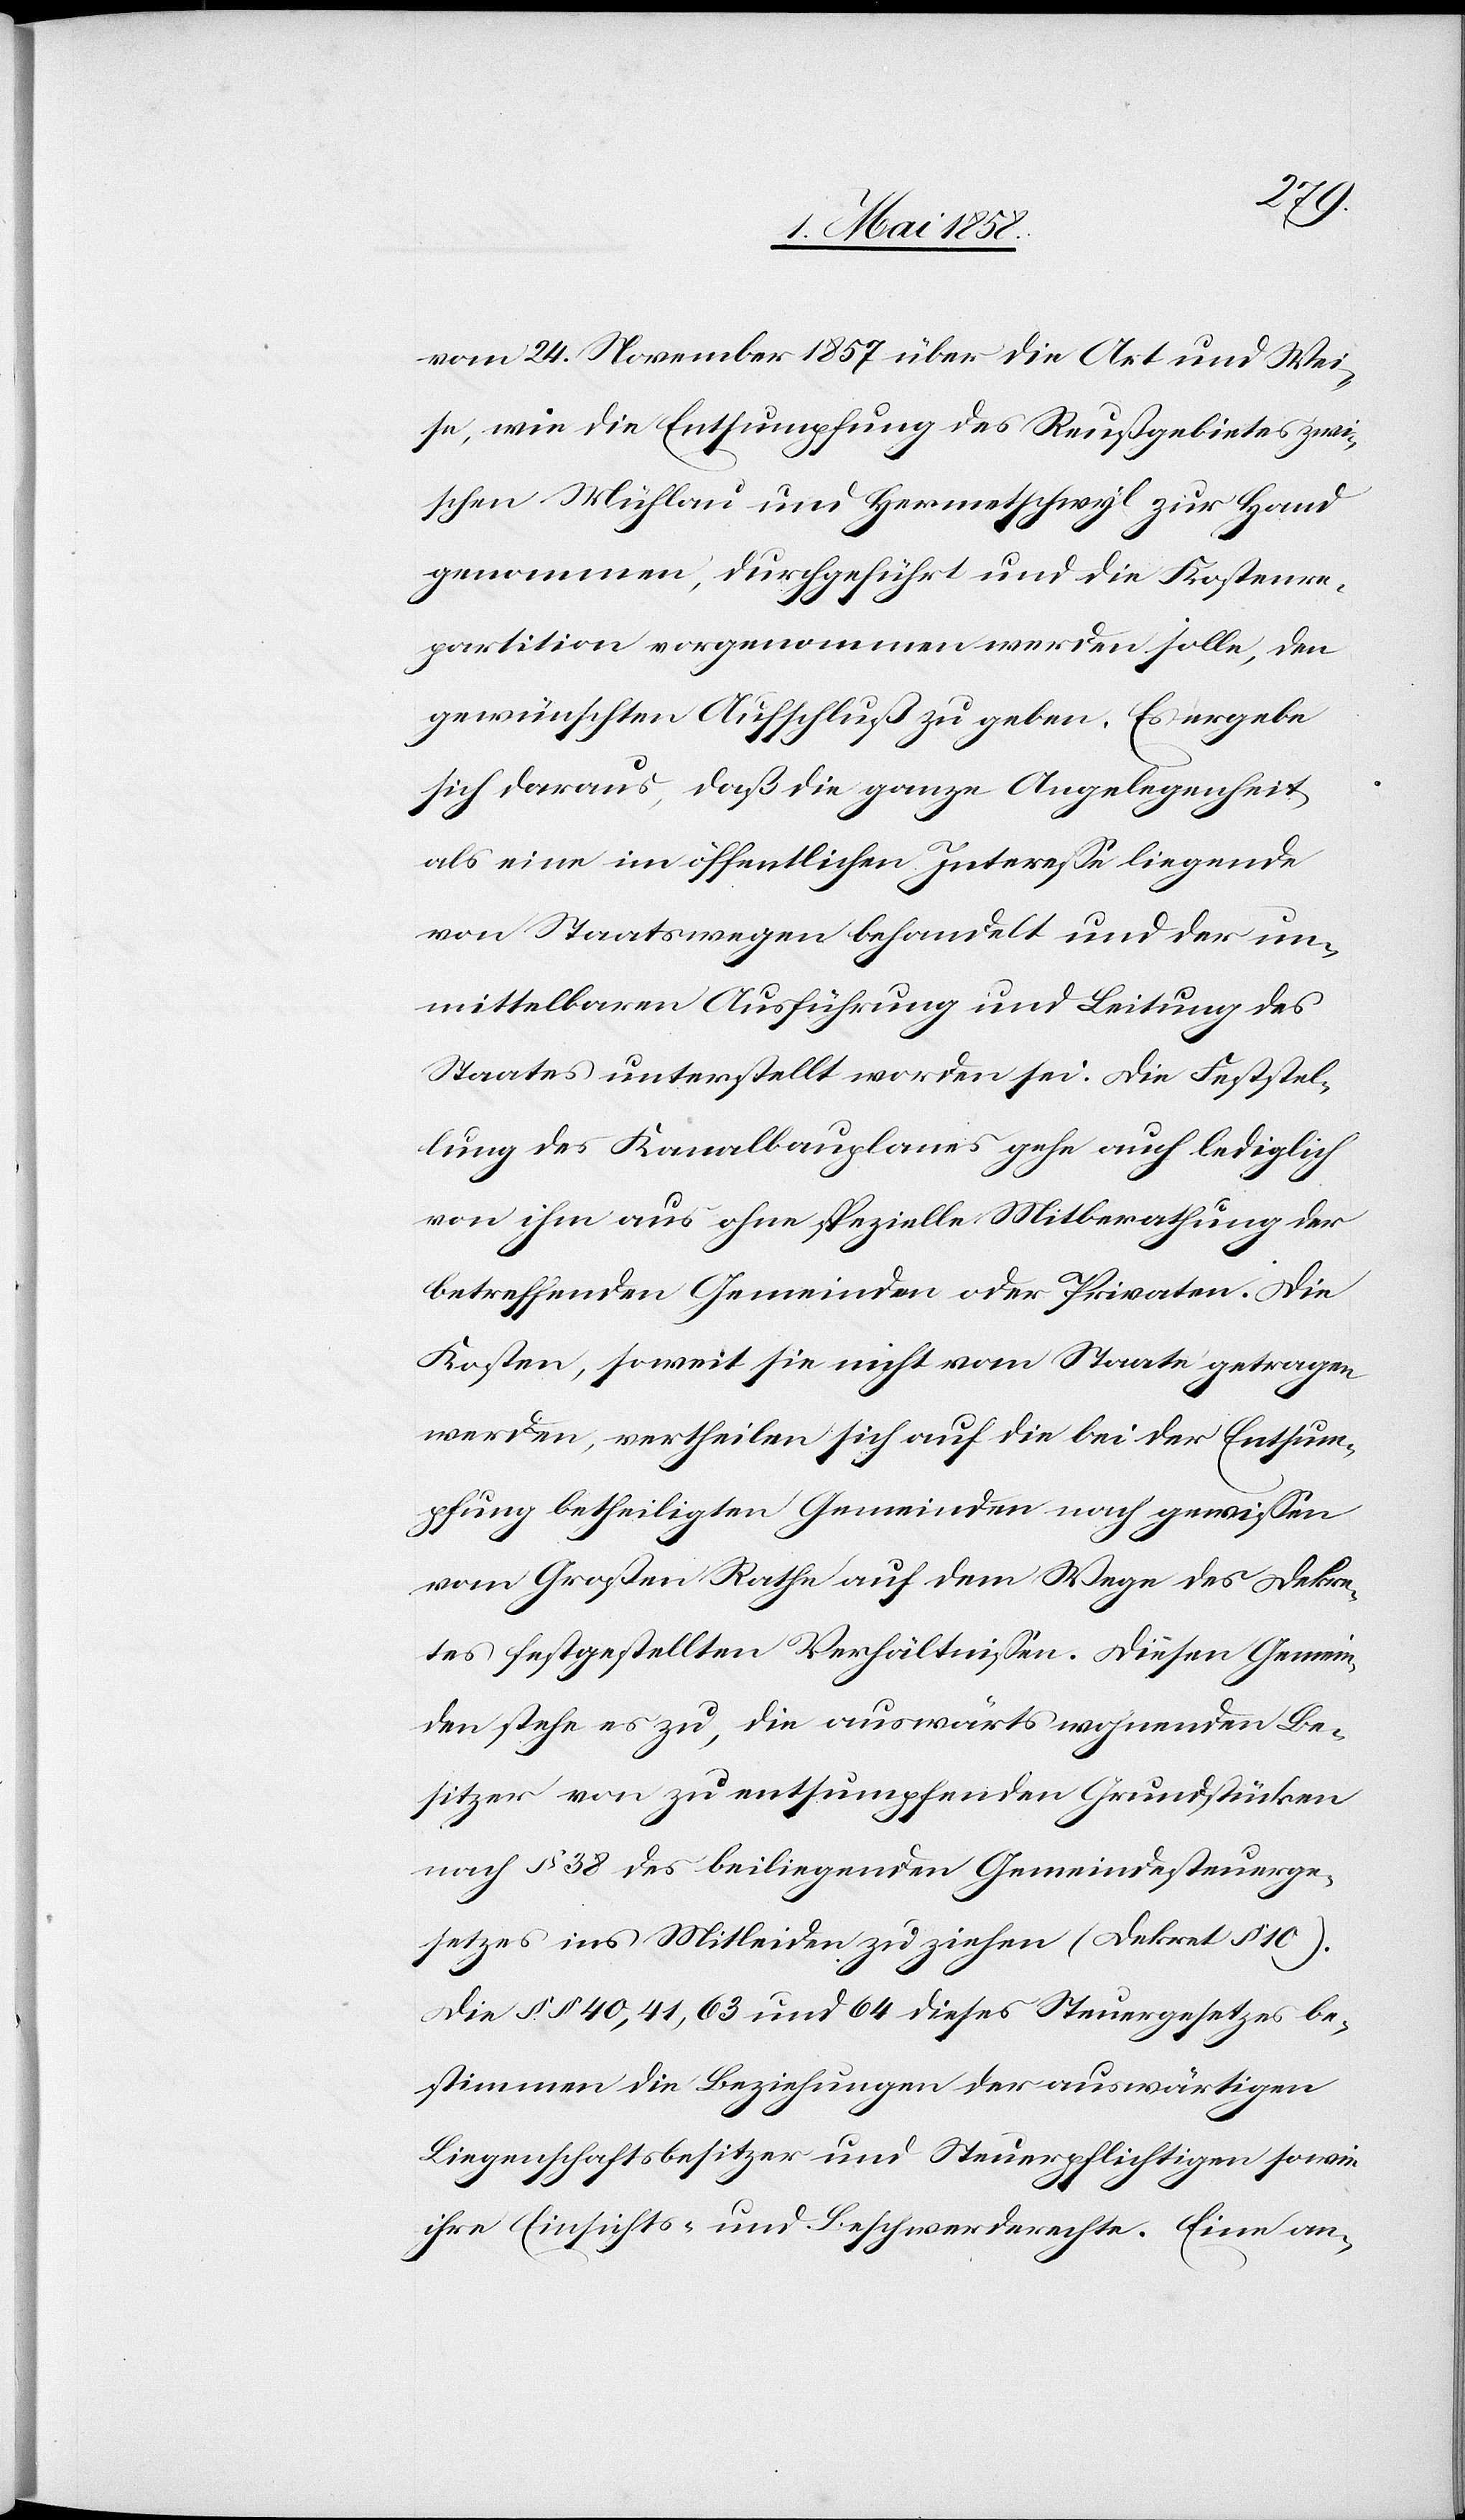
vom 24. November 1857 über die Art und Wei¬
se, wie die Entsumpfung des Reußgebietes zwi¬
schen Mühlau um Hermetschwyl zur Hand
genommen, durchgeführt und die Kostenre¬
partition vorgenommen werden solle, den
gewünschten Aufschluß zu geben. Es ergebe
sich daraus, daß die ganze Angelegenheit
als eine im öffentlichen Interesse liegende
von Staatswegen behandelt und der un¬
mittelbaren Ausführung und Leitung des
Staates unterstellt worden sei. Die Feststel¬
lung des Kanalbauplanes gehe auch lediglich
von ihm aus ohne spezielle Mitberathung der
betreffenden Gemeinden oder Privaten. Die
Kosten, soweit sie nicht vom Staate getragen
werden, vertheilen sich auf die bei der Entsum¬
pfung betheiligten Gemeinden nach gewissen
vom Großen Rathe auf dem Wege des Dekre¬
tes festgestellten Verhältnissen. Diesen Gemein¬
den stehe es zu, die auswärts wohnenden Be¬
sitzer von zu entsumpfenden Grundstücken
nach § 38 des beiliegenden Gemeindesteuerge¬
setzes ins Mitleiden zu ziehen (Dekret § 10).
Die §§ 40, 41, 63 und 64 dieses Steuergesetzes be¬
stimmen die Beziehungen der auswärtigen
Liegenschaftsbesitzer und Steuerpflichtigen sowie
ihre Einsichts- und Beschwerderechte. Eine an-